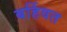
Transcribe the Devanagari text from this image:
बर्हिवत